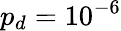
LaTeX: p_{d}=10^{-6}